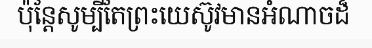
ប៉ុន្តែសូម្បីតែព្រះយេស៊ូវមានអំណាចដ៏